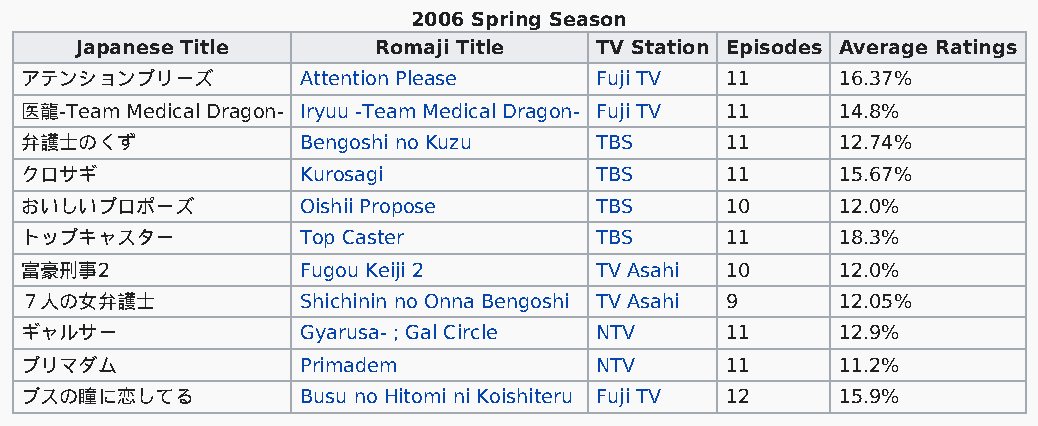
2006 Spring Season
 Japanese Title      Romaji Title  TV Station Episodes Average Ratings
 アテンションプリーズ         Attention Please   Fuji TV  11     16.37%
 医龍-Team Medical Dragon- Iryuu -Team Medical Dragon- Fuji TV 11 14.8%
 弁護士のくず             Bengoshi no Kuzu   TBS      11     12.74%
 クロサギ               Kurosagi           TBS      11     15.67%
 おいしいプロポーズ          Oishii Propose     TBS      10     12.0%
 トップキャスター           Top Caster         TBS      11     18.3%
 富豪刑事2              Fugou Keiji 2      TV Asahi 10     12.0%
 ７人の女弁護士            Shichinin no Onna Bengoshi TV Asahi 9 12.05%
 ギャルサー              Gyarusa- ; Gal Circle NTV   11     12.9%
 プリマダム              Primadem           NTV      11     11.2%
 ブスの瞳に恋してる          Busu no Hitomi ni Koishiteru Fuji TV 12 15.9%